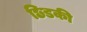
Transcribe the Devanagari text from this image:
छिडकी